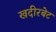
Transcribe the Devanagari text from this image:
खदीरबेट